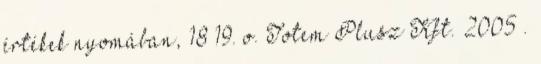
értékek nyomában, 18–19. o. Totem Plusz Kft. 2005 .